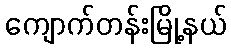
ကျောက်တန်းမြို့နယ်